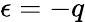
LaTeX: \epsilon=-q